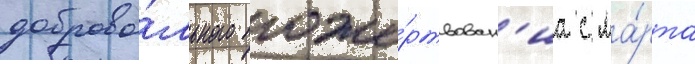
доброво́льного поже́ртвован'иа с ма́рта